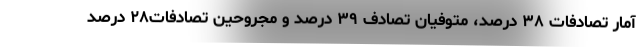
آمار تصادفات ۳۸ درصد، متوفیان تصادف ۳۹ درصد و مجروحین تصادفات۲۸ درصد